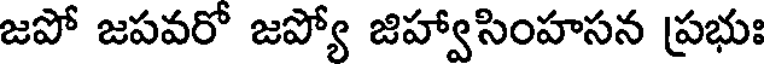
జపో జపవరో జప్యో జిహ్వాసింహసన ప్రభుః